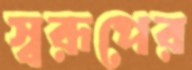
স্বরূপের